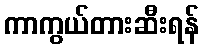
ကာကွယ်တားဆီးရန်